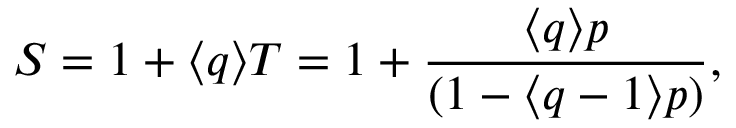
\protect { \cal { S } } = 1 + \langle q \rangle T = 1 + { \frac { \langle q \rangle p } { ( 1 - \langle q - 1 \rangle p ) } } ,